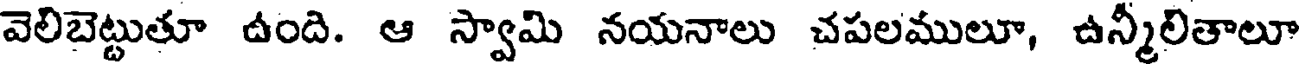
వెలిబెట్టుతూ ఉంది. ఆ స్వామి నయనాలు చపలములూ, ఉన్మీలితాలూ